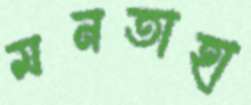
মনতাহা